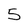
Character: 5